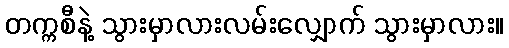
တက္ကစီနဲ့ သွားမှာလားလမ်းလျှောက် သွားမှာလား။